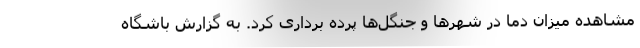
مشاهده میزان دما در شهرها و جنگل‌ها پرده برداری کرد. به گزارش باشگاه